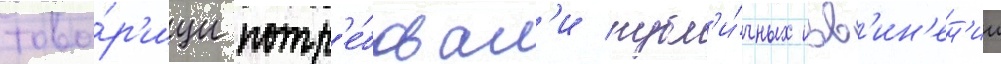
това́р'ищи потр'е́бовал'и публ'и́чных изв'ин'ен'ии